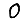
Digit: 0